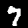
Digit: 7